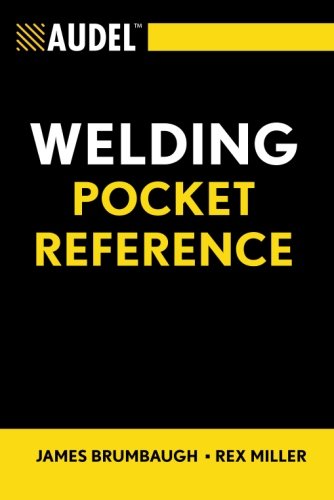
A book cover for Audel Welding Pocket Reference; James E. Brumbaugh; Engineering & Transportation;